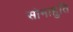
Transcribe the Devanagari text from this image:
सोमाहुति